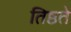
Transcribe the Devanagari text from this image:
तिष्ठते